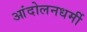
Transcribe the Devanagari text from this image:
आंदोलनधर्मी